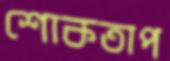
শোকতাপ